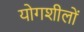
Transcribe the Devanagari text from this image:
योगशीलों